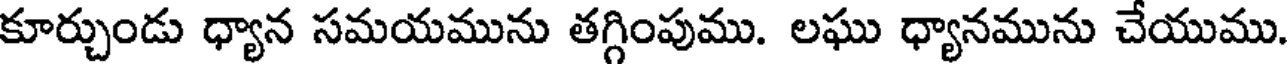
కూర్చుండు ధ్యాన సమయమును తగ్గింపుము. లఘు ధ్యానమును చేయుము.